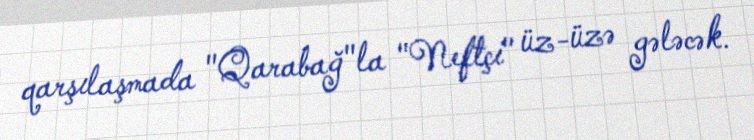
qarşılaşmada "Qarabağ"la "Neftçi" üz-üzə gələcək.